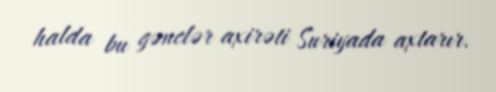
halda bu gənclər axirəti Suriyada axtarır.